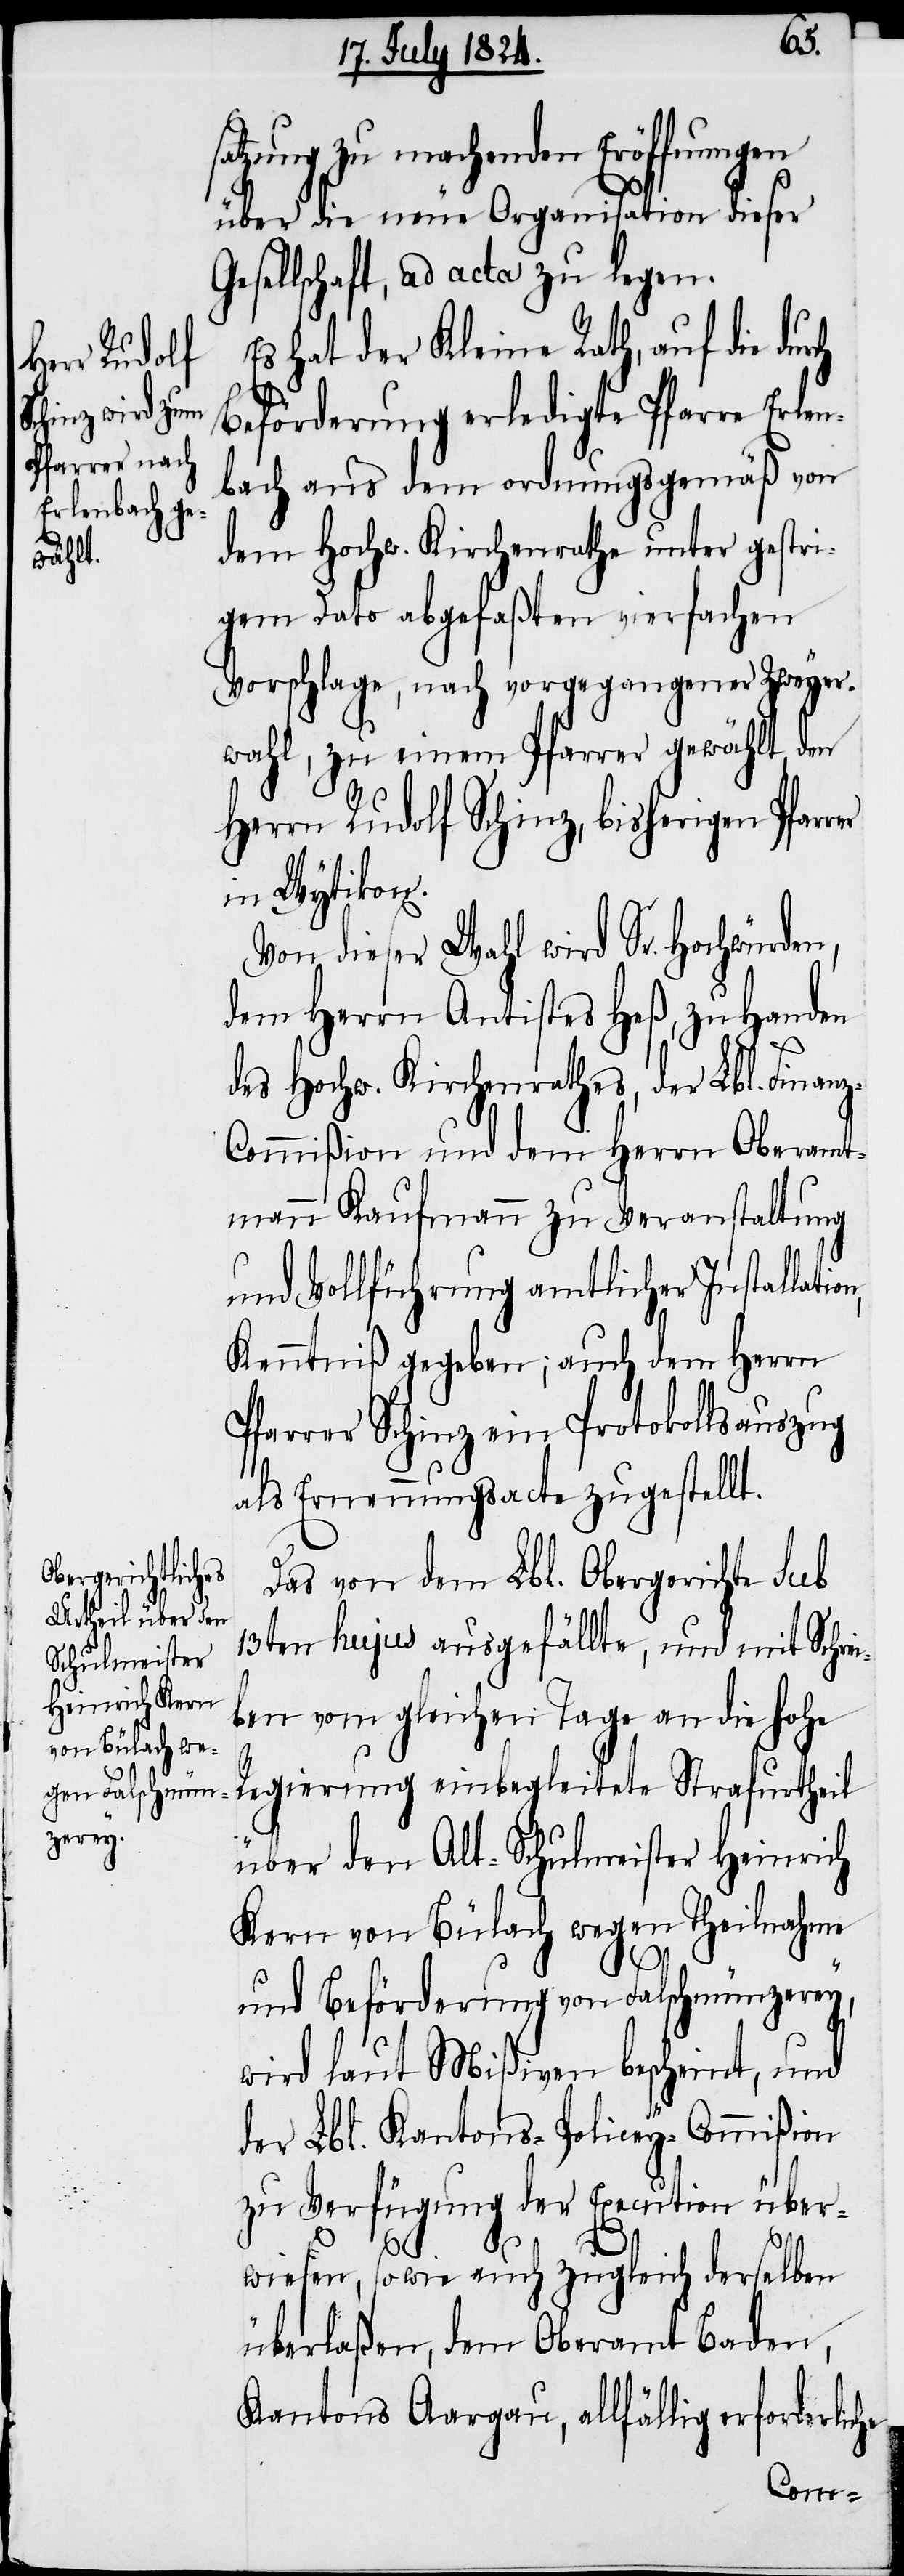
n,

satzung zu machenden Eröffnungen
über die neue Organisation dieser
Gesellschaft, ad acta zu legen.
Es hat der Kleine Rath, auf die dur¬
Beförderung erledigte Pfarre Erlen¬
bach aus dem ordnungsgemäß von
dem Hochw. Kirchenrathe unter gestr¬
igem Dato abgefaßten vierfachen
Vorschlage, nach vorgegangener Zweyer¬
wahl, zu einem Pfarrer gewählt, den
Herrn Rudolf Schinz, bisherigen Pfar¬
in Wytikon.
Von dieser Wahl wird Sr. Hochwürden,
dem Herrn Antistes Heß, zu Handen
des Hochw. Kirchenrathes, der Lbl. Finan¬
z-Commißion und dem Herrn Oberamt¬
mann Kaufmann zu Veranstaltung
und Vollführung amtlicher Installatio¬
Kenntniß gegeben, auch dem Herrn
Pfarrer Schinz ein Protokollauszug
als Ernennungsacte zugestellt.
Das von dem Lbl. Obergerichte sub
13ten hujus ausgefällte, und mit Schrei¬
ben vom gleichen Tage an die hohe
Regierung einbegleitete Strafurtheil
über den Alt-Schulmeister Heinrich
Kern von Bülach wegen Theilnahme
und Beförderung von Falschmünzerey,
wird laut Mißiven bescheint, und
der Lbl. Kantons-Policey-Commißion
zu Verfügung der Execution über¬
wiesen, sowie auch zugleich derselben
überlaßen, dem Oberamt Baden,
Kantons Aargau, allfällig erforderliche